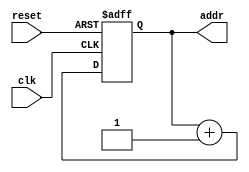
module AG5(clk, addr, reset);
input clk, reset;
output reg [4:0] addr;
wire [4:0] naddr;

assign naddr = addr + 1'd1;

always@(posedge clk or posedge reset)
begin
	if(reset == 1'd1)
		addr <= 5'd0;
	else
		addr <= naddr;
end
endmodule